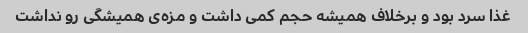
غذا سرد بود و برخلاف همیشه حجم کمی داشت و مزه‌ی همیشگی رو نداشت